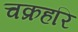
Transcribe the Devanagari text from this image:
चक्रहरि